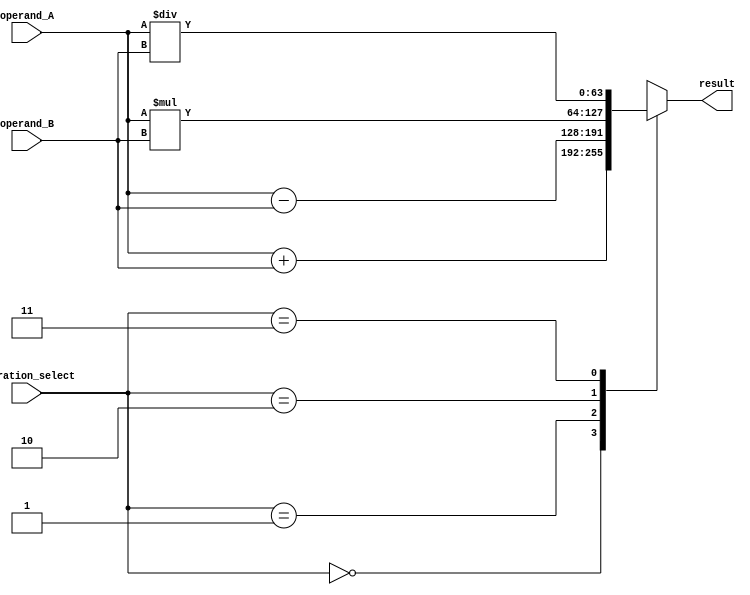
module double_precision_fpu (
    input [63:0] operand_A,
    input [63:0] operand_B,
    input [1:0] operation_select,
    output reg [63:0] result
);

reg [63:0] intermediate_value;

always @(*)
begin
    case(operation_select)
        2'b00: intermediate_value = operand_A + operand_B; // addition
        2'b01: intermediate_value = operand_A - operand_B; // subtraction
        2'b10: intermediate_value = operand_A * operand_B; // multiplication
        2'b11: intermediate_value = operand_A / operand_B; // division
        default: intermediate_value = 0; // default to 0
    endcase
end

assign result = intermediate_value;

endmodule